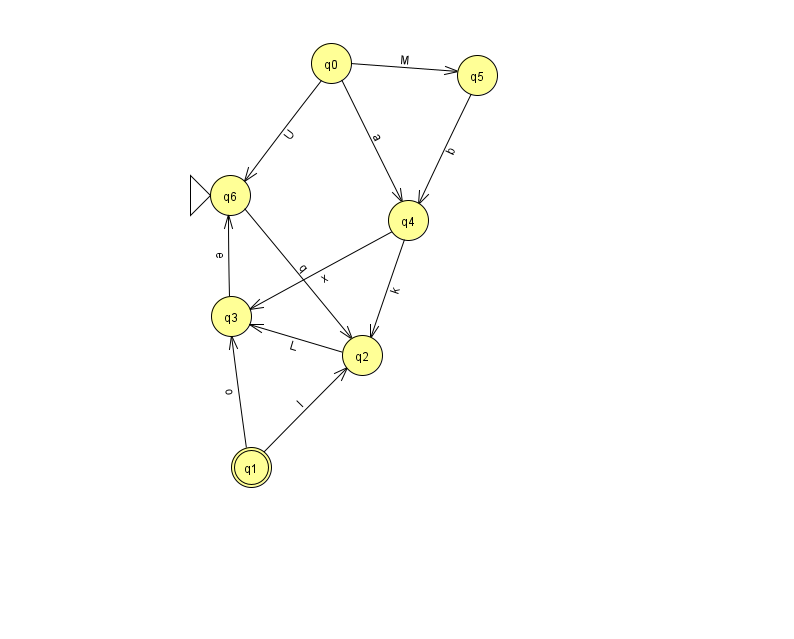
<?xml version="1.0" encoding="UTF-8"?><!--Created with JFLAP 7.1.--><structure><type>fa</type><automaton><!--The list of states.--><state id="0" name="q0"><x>331.0</x><y>50.0</y></state><state id="1" name="q1"><x>251.0</x><y>454.0</y><final/></state><state id="2" name="q2"><x>362.0</x><y>342.0</y></state><state id="3" name="q3"><x>231.0</x><y>303.0</y></state><state id="4" name="q4"><x>408.0</x><y>207.0</y></state><state id="5" name="q5"><x>477.0</x><y>62.0</y></state><state id="6" name="q6"><x>230.0</x><y>182.0</y><initial/></state><!--The list of transitions.--><transition><from>1</from><to>2</to><read>l</read></transition><transition><from>0</from><to>4</to><read>a</read></transition><transition><from>1</from><to>3</to><read>o</read></transition><transition><from>0</from><to>5</to><read>M</read></transition><transition><from>2</from><to>3</to><read>L</read></transition><transition><from>4</from><to>2</to><read>k</read></transition><transition><from>4</from><to>3</to><read>x</read></transition><transition><from>5</from><to>4</to><read>b</read></transition><transition><from>0</from><to>6</to><read>U</read></transition><transition><from>6</from><to>2</to><read>q</read></transition><transition><from>3</from><to>6</to><read>e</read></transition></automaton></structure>